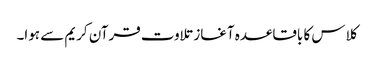
کلاس کا باقاعدہ آغاز تلاوت قرآن کریم سے ہوا۔